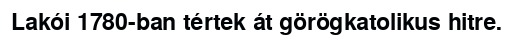
Lakói 1780-ban tértek át görögkatolikus hitre.